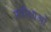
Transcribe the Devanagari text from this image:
प्रतीक्षाओं